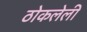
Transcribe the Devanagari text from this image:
ठोकलेली